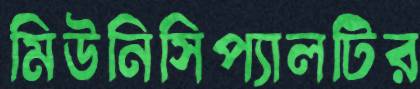
মিউনিসিপ্যালটির